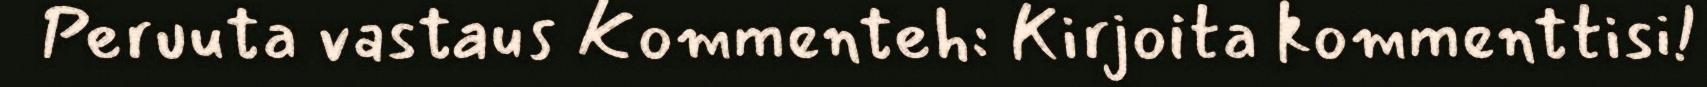
Peruuta vastaus Kommenteh: Kirjoita kommenttisi!